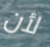
لأن